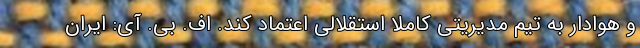
و هوادار به تیم مدیریتی کاملاً استقلالی اعتماد کند. اف. بی. آی: ایران